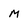
Character: m